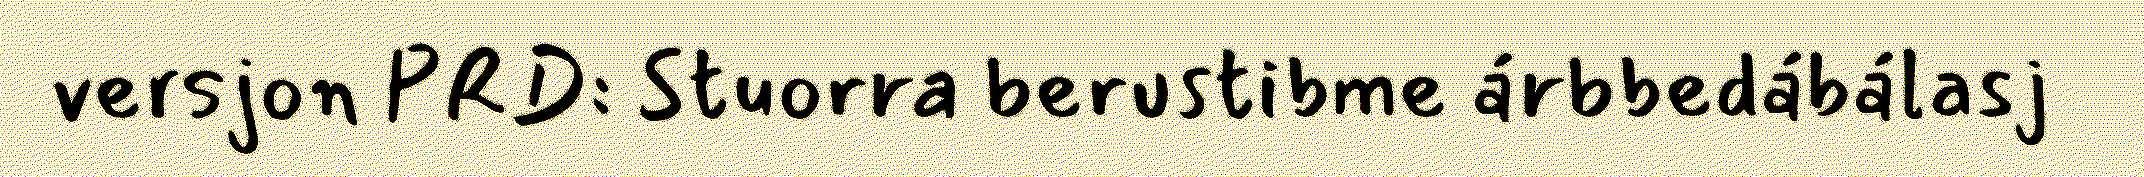
versjon PRD: Stuorra berustibme árbbedábálasj